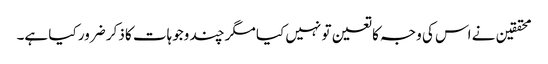
محققین نے اس کی وجہ کا تعین تو نہیں کیا مگر چند وجوہات کا ذکر ضرور کیا ہے۔